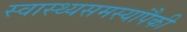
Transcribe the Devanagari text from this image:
स्वास्थ्यसमस्यांपैकी